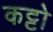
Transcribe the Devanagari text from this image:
कट्टो